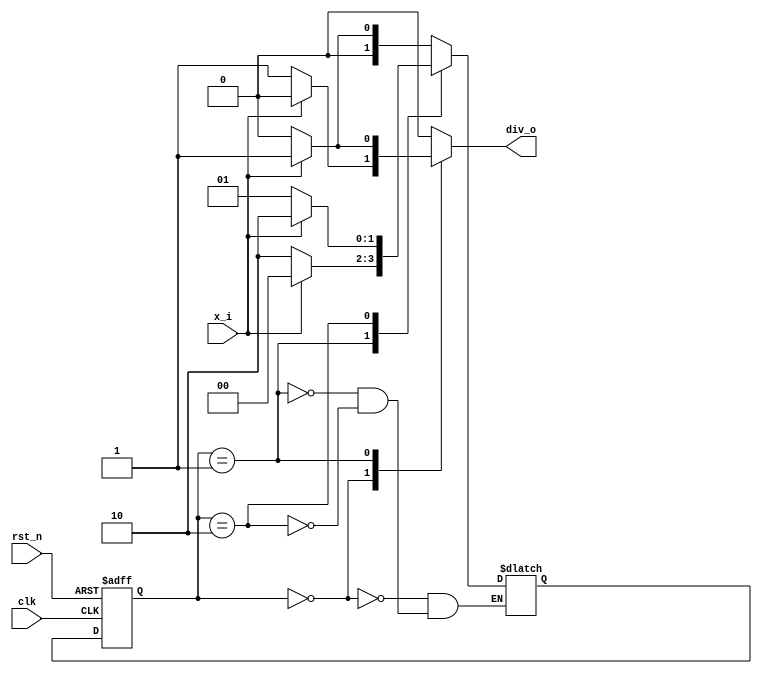
`timescale 1ns / 1ps
//////////////////////////////////////////////////////////////////////////////////
// Company:  COLLEGE OF VLSI
// 
// Design Name: 
// Module Name: div_by_3
// Project Name: 
// Target Devices: 
// Tool Versions: 
// Description: 
// 
// Dependencies: 
// 
// Revision:
// Revision 0.01 - File Created
// Additional Comments:
// 
//////////////////////////////////////////////////////////////////////////////////


module div_by_3(
    input clk,
    input rst_n,
    input x_i,
    output reg div_o

    );
    
 parameter REM_0 = 2'b00, REM_1 = 2'b01, REM_2 = 2'b10;   
 
 reg [1:0] pr_state, nxt_state;
 
 
 //sequential block
 always@(posedge clk or negedge rst_n) begin 
    if (!rst_n) begin 
        pr_state  <= 2'b00;
        //nxt_state <= 2'b00; // Unsupported: Blocked and non-blocking assignments to same variable: 'div_by_three.nxt_state'

    end

    else begin
        pr_state  <= nxt_state;
    end
 end
 
 //combo block
 
 always@(pr_state or x_i) begin  
 
 case(pr_state) 
    
    REM_0 : begin
               if(x_i==0) begin
                  nxt_state = REM_0;
                  div_o = 1'b1;
                end

                else begin
                  nxt_state = REM_1;
                  div_o = 1'b0;
                end

            

            end 
            
    REM_1 : begin
               if(x_i==0) begin
                  nxt_state = REM_2;
                  div_o = 1'b0;
                end

                else begin
                  nxt_state = REM_0;
                  div_o = 1'b1;
                end

            

            end              
     REM_2 : begin
               if(x_i==0) begin
                  nxt_state = REM_1;
                  div_o = 1'b0;
                end

                else begin
                  nxt_state = REM_2;
                  div_o = 1'b0;
                end

            

            end
 
     default : begin
                 // nxt_state = REM_0;
                  div_o = 1'b0;
                end
 
 endcase

 end 
       
endmodule